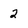
Character: 2